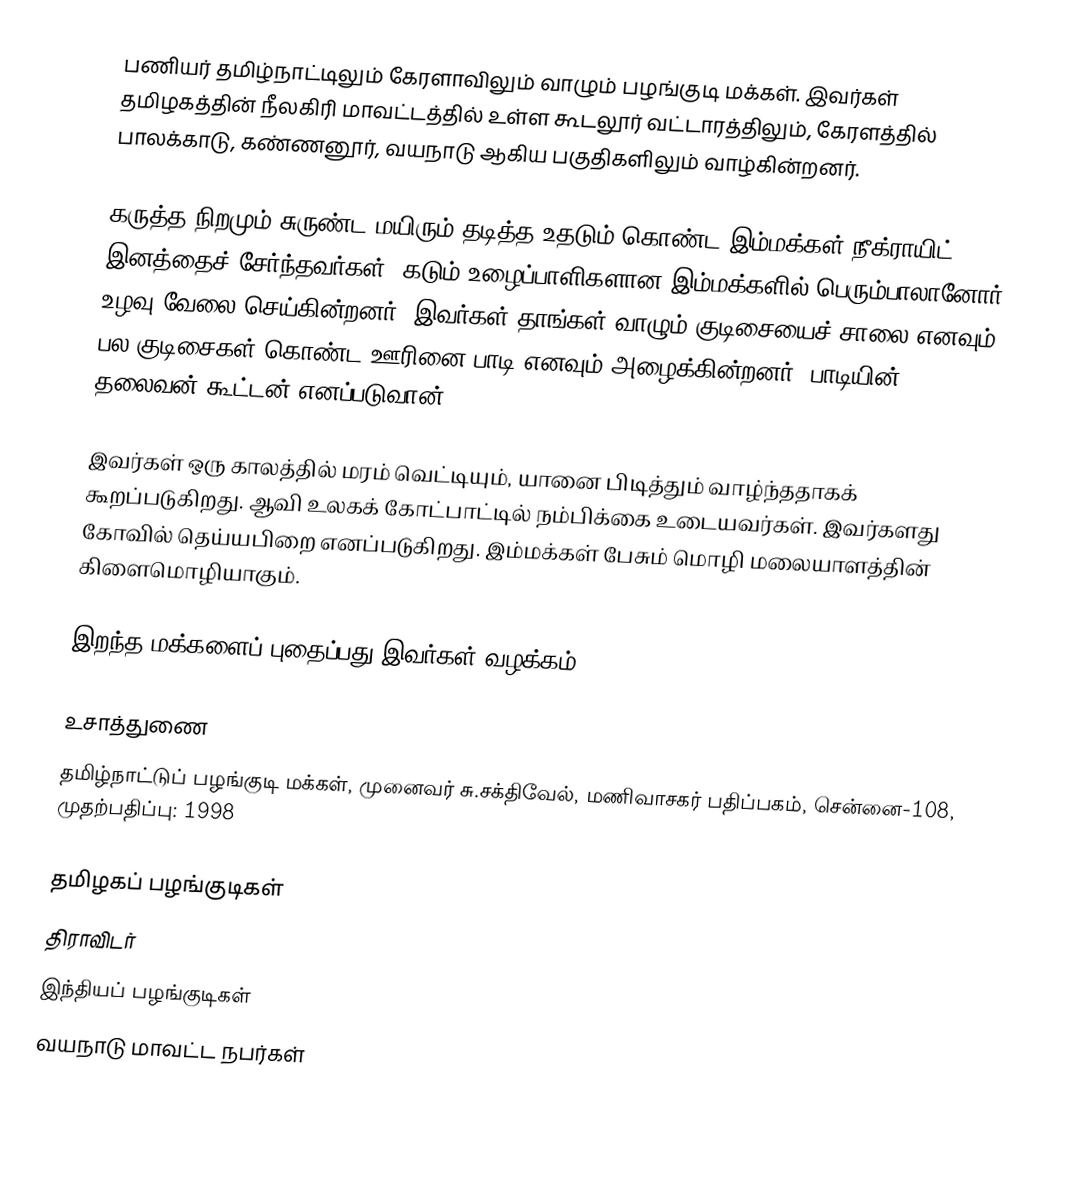
பணியர் தமிழ்நாட்டிலும் கேரளாவிலும் வாழும் பழங்குடி மக்கள். இவர்கள் தமிழகத்தின் நீலகிரி மாவட்டத்தில் உள்ள கூடலூர் வட்டாரத்திலும், கேரளத்தில் பாலக்காடு, கண்ணனூர், வயநாடு ஆகிய பகுதிகளிலும் வாழ்கின்றனர்.

கருத்த நிறமும் சுருண்ட மயிரும் தடித்த உதடும் கொண்ட இம்மக்கள் நீக்ராயிட் இனத்தைச் சேர்ந்தவர்கள். கடும் உழைப்பாளிகளான இம்மக்களில் பெரும்பாலானோர் உழவு வேலை செய்கின்றனர். இவர்கள் தாங்கள் வாழும் குடிசையைச் சாலை எனவும் பல குடிசைகள் கொண்ட ஊரினை பாடி எனவும் அழைக்கின்றனர். பாடியின் தலைவன் கூட்டன் எனப்படுவான்.

இவர்கள் ஒரு காலத்தில் மரம் வெட்டியும், யானை பிடித்தும் வாழ்ந்ததாகக் கூறப்படுகிறது. ஆவி உலகக் கோட்பாட்டில் நம்பிக்கை உடையவர்கள். இவர்களது கோவில் தெய்யபிறை எனப்படுகிறது. இம்மக்கள் பேசும் மொழி மலையாளத்தின் கிளைமொழியாகும்.

இறந்த மக்களைப் புதைப்பது இவர்கள் வழக்கம்.

உசாத்துணை
 தமிழ்நாட்டுப் பழங்குடி மக்கள், முனைவர் சு.சக்திவேல், மணிவாசகர் பதிப்பகம், சென்னை-108, முதற்பதிப்பு: 1998

தமிழகப் பழங்குடிகள்
திராவிடர்
இந்தியப் பழங்குடிகள்
வயநாடு மாவட்ட நபர்கள்